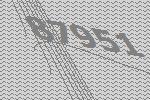
87951